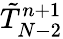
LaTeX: \tilde{T}_{N-2}^{n+1}